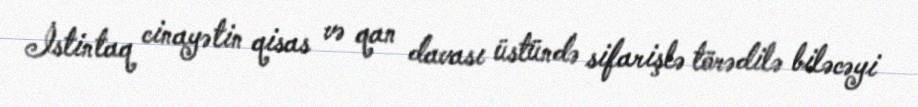
İstintaq cinayətin qisas və qan davası üstündə sifarişlə törədilə biləcəyi